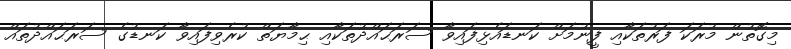
މިގޮތުން މުރަކަ ފަރުތަކާއި ފީނުމަށް ކަނޑައެޅިފައިވާ ސަރަޙައްދުތަކާއި ޙިމާޔަތް ކުރެވިފައިވާ ކަނޑުގެ ސަރަޙައްދުތައް